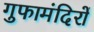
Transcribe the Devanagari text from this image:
गुफामंदिरों